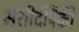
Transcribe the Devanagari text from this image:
मशीदींपैकी